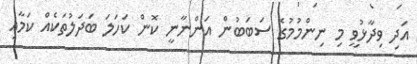
އަދި ވިދާޅުވީ މި ނިންމުމުގެ ސަބަބުން އަންނާނީ ކޮން ކަހަލަ ބަދަލުތަކެއް ކަމާއި